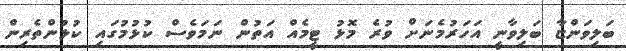
ބަލިވަންޏާ ބަލިވާނީ އަހަރުމެނަށް ވުރެ މޮޅު ޓީމެއް އަތުން ނަމަވެސް ކުޅުމުގައި ކުޅުންތެރިން